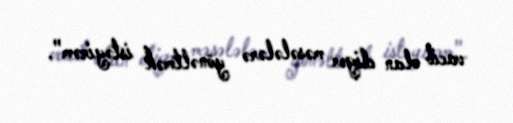
vacib olan digər məsələlərə yönəltmək istəyirəm".